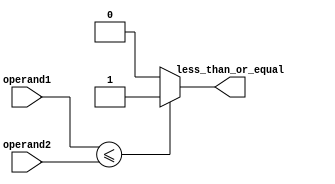
module less_than_or_equal(
    input signed [31:0] operand1,
    input signed [31:0] operand2,
    output reg less_than_or_equal
);

always @* begin
    if (operand1 <= operand2) begin
        less_than_or_equal <= 1;
    end else begin
        less_than_or_equal <= 0;
    end
end

endmodule